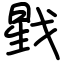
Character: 戥